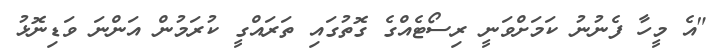
"އެ މީހާ ފެނުނު ކަމަށްވަނީ ރިސޯޓެއްގެ ގޮތުގައި ތަރައްގީ ކުރަމުން އަންނަ ވަޑިނޮޅު